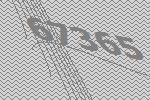
67365